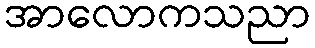
အာလောကသညာ